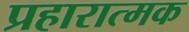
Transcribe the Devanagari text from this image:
प्रहारात्मक